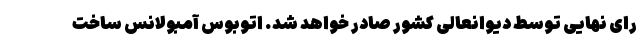
رای نهایی توسط دیوانعالی کشور صادر خواهد شد. اتوبوس آمبولانس ساخت